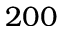
2 0 0